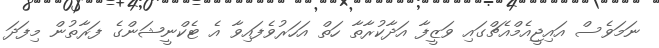
ނަމަވެސް އައިޖީއެމްއެޗްގައި ވަޒީފާ އަދާކުރާތާ ހަތް އަހަރުވެފައިވާ އެ ޓެކްނީޝަންގެ ފަރާތުން މިފަދަ